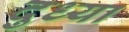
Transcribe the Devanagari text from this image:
दुध्या